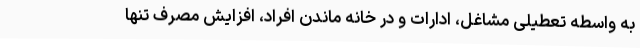
به واسطه تعطیلی مشاغل، ادارات و در خانه ماندن افراد، افزایش مصرف تنها